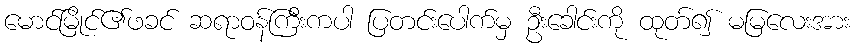
မောင်မြိုင်၏ဖခင် ဆရာဝန်ကြီးကပါ ပြတင်းပေါက်မှ ဦးခေါင်းကို ထုတ်၍ မမြလေးအား